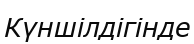
Күншілдігінде